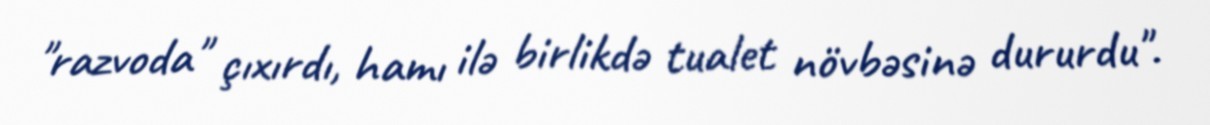
"razvoda" çıxırdı, hamı ilə birlikdə tualet növbəsinə dururdu".